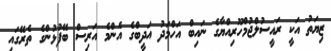
ޒިޔަތު އަކީ ރައީސުލްޖުމްހޫރިއްޔާގެ ނައިބް އަހްމަދު އަދީބްގެ އެންމެ އަރިސް ބޭފުޅުންގެ ތެރޭގައި